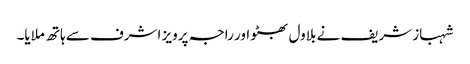
شہباز شریف نے بلاول بھٹو اور راجہ پرویز اشرف سے ہاتھ ملایا۔